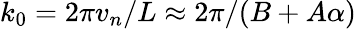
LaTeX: k_{0}=2\pi v_{n}/L\approx 2\pi/(B+A\alpha)